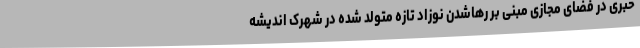
خبری در فضای مجازی مبنی بر رهاشدن نوزاد تازه متولد شده در شهرک اندیشه